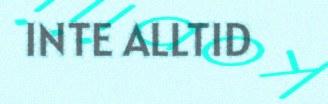
INTE ALLTID